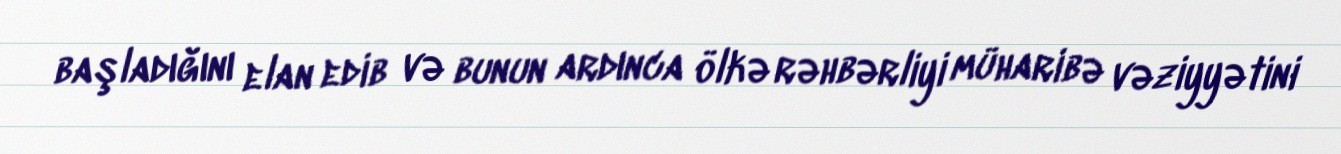
başladığını elan edib və bunun ardınca ölkə rəhbərliyi müharibə vəziyyətini